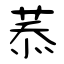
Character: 菾